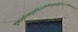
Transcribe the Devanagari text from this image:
शुभ्रज्योत्स्नापुलकितयामिनीम्फुल्लकुसुमितद्रुमदलशोभिनीम्सुहासिनीम्